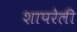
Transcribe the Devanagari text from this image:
शापरेली